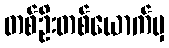
တစ်ဦးတစ်ယောက်မှ